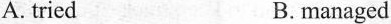
A. tried B.managed